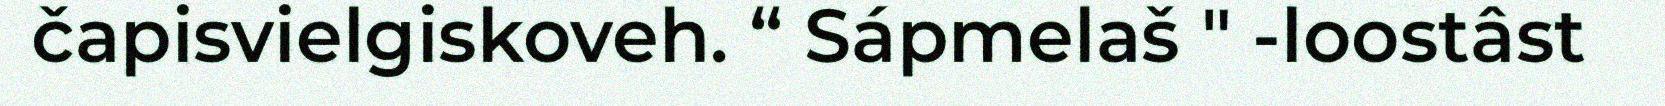
čapisvielgiskoveh. “ Sápmelaš " -loostâst